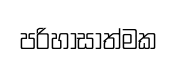
පරිහාසාත්මක